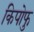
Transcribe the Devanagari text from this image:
किपोफु